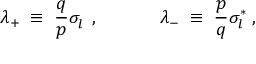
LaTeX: \lambda _ { + } \; \equiv \; \frac { q } { p } \sigma _ { l } ^ { ~ } \; , ~ ~ ~ ~ ~ ~ ~ ~ ~ ~ \lambda _ { - } \; \equiv \; \frac { p } { q } \sigma _ { l } ^ { * } \; ,